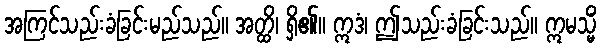
အကြင်သည်းခံခြင်းမည်သည်။ အတ္ထိ၊ ရှိ၏။ ဣဒံ၊ ဤသည်းခံခြင်းသည်။ ဣမသ္မိံ